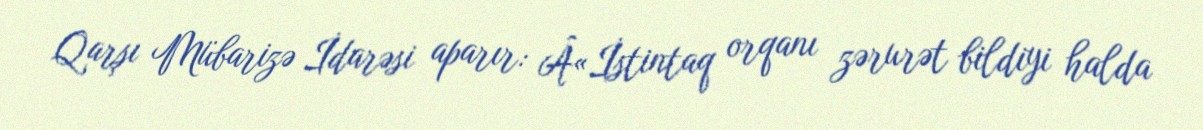
Qarşı Mübarizə İdarəsi aparır: Â«İstintaq orqanı zərurət bildiyi halda